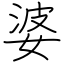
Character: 婆